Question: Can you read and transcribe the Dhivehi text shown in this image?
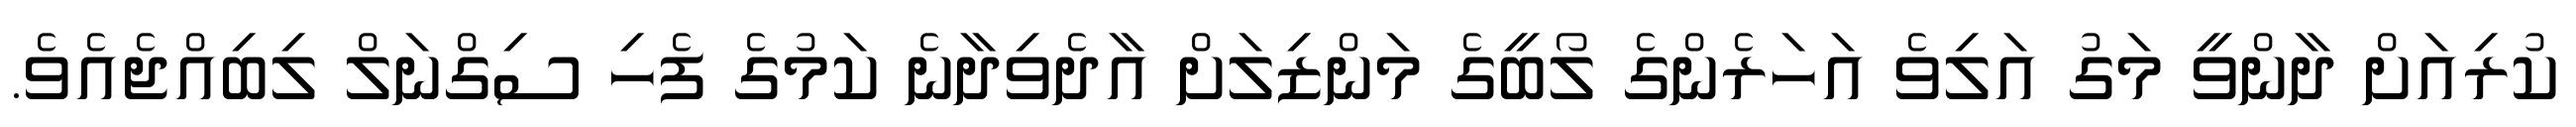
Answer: ކުރިއަށް ދާންވީ މަގު އަލިވެ އަހަރެންގެ ލޯބީގެ މަންޒިލަށް އާދެވިދާނެ ކަމުގެ ފެހި ސިގްނަލް ލިބިއްޖެއެވެ.